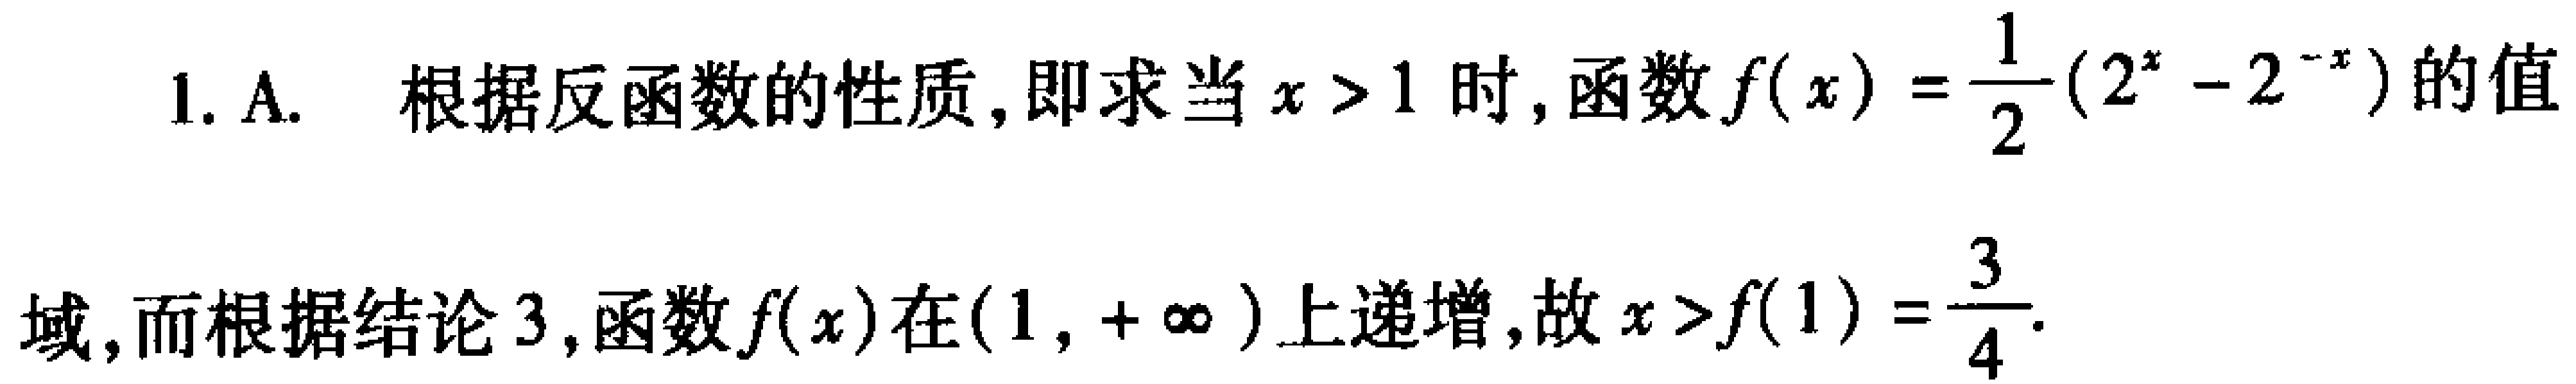
1. A. 根据反函数的性质，即求当 \(x > 1\) 时，函数 \(f(x)=\frac{1}{2}(2^{x}-2^{-x})\) 的值

域，而根据结论 3，函数 \(f(x)\) 在 \((1,+\infty)\) 上递增，故 \(x > f(1)=\frac{3}{4}\)。